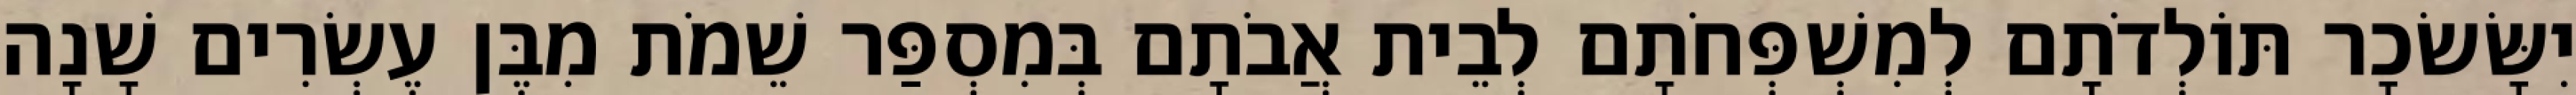
יִשָּׂשׂכָר תּוֹלְדֹתָם לְמִשְׁפְּחֹתָם לְבֵית אֲבֹתָם בְּמִסְפַּר שֵׁמֹת מִבֶּן עֶשְׂרִים שָׁנָה